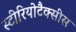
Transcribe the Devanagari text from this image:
स्टीरियोटैक्सीस